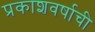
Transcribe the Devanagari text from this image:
प्रकाशवर्षाची